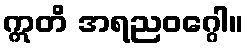
ဣတိ အရညဝဂ္ဂေါ။